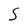
Character: S